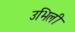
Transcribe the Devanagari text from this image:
उभिली